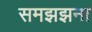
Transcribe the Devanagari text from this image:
समझझना